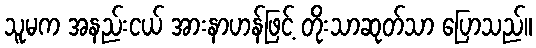
သူမက အနည်းငယ် အားနာဟန်ဖြင့် တိုးသာဆုတ်သာ ပြောသည်။